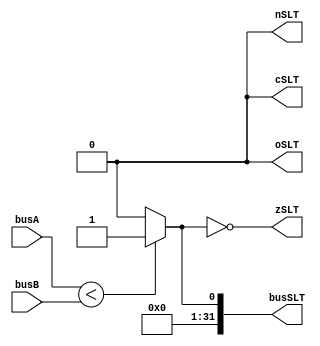
// logical set less than
// @requires: Two 32 bit signed 2's complemented, a completed subtract module 
// @returns: (R[rt] = (R[rs] < R[rt])? 32'b1:32'b0), set less than
module setLT (busSLT, busA, busB, zSLT, oSLT, cSLT, nSLT);
	output [31:0] busSLT;
	input  [31:0] busA, busB;
	output zSLT, oSLT, cSLT, nSLT;

	assign busSLT = (busA < busB) ? 32'b1:32'b0;
	assign zSLT = ~busSLT[0];
	assign oSLT = 1'b0;
	assign cSLT = 1'b0;
	assign nSLT = 1'b0;
endmodule